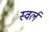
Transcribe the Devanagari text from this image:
स्वर्ल